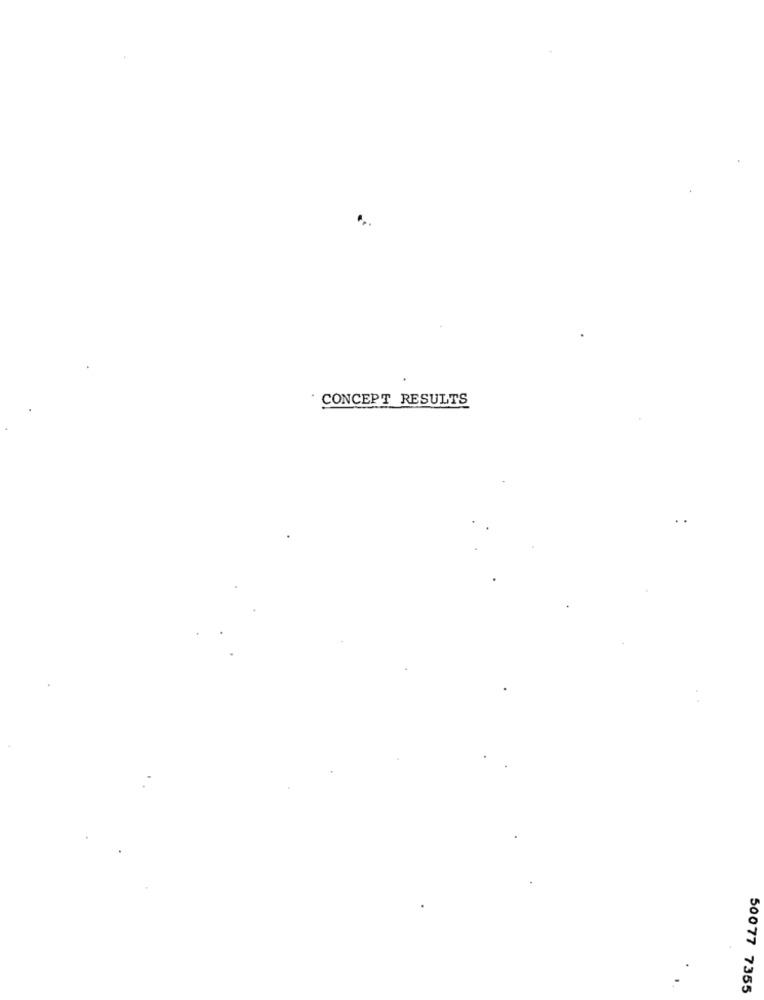
CONCEPT RESULTS
50077 7355